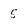
Character: 5